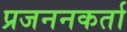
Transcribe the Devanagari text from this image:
प्रजननकर्ता